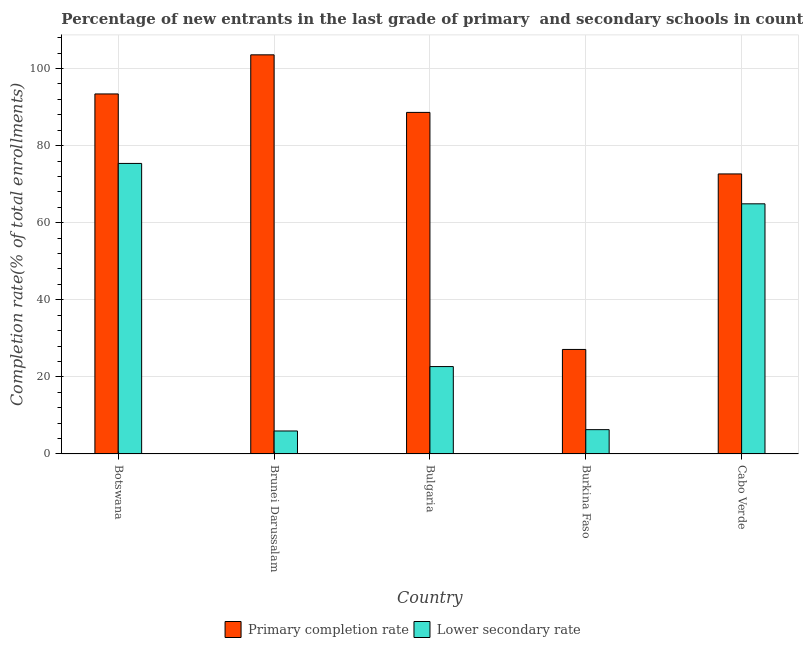
| Country | Primary completion rate | Lower secondary rate |
 | --- | --- | --- |
 | Botswana | 93.4 | 75.4 |
 | Brunei Darussalam | 104 | 5.97 |
 | Bulgaria | 88.6 | 22.7 |
 | Burkina Faso | 27.1 | 6.31 |
 | Cabo Verde | 72.6 | 64.9 |